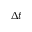
\Delta t